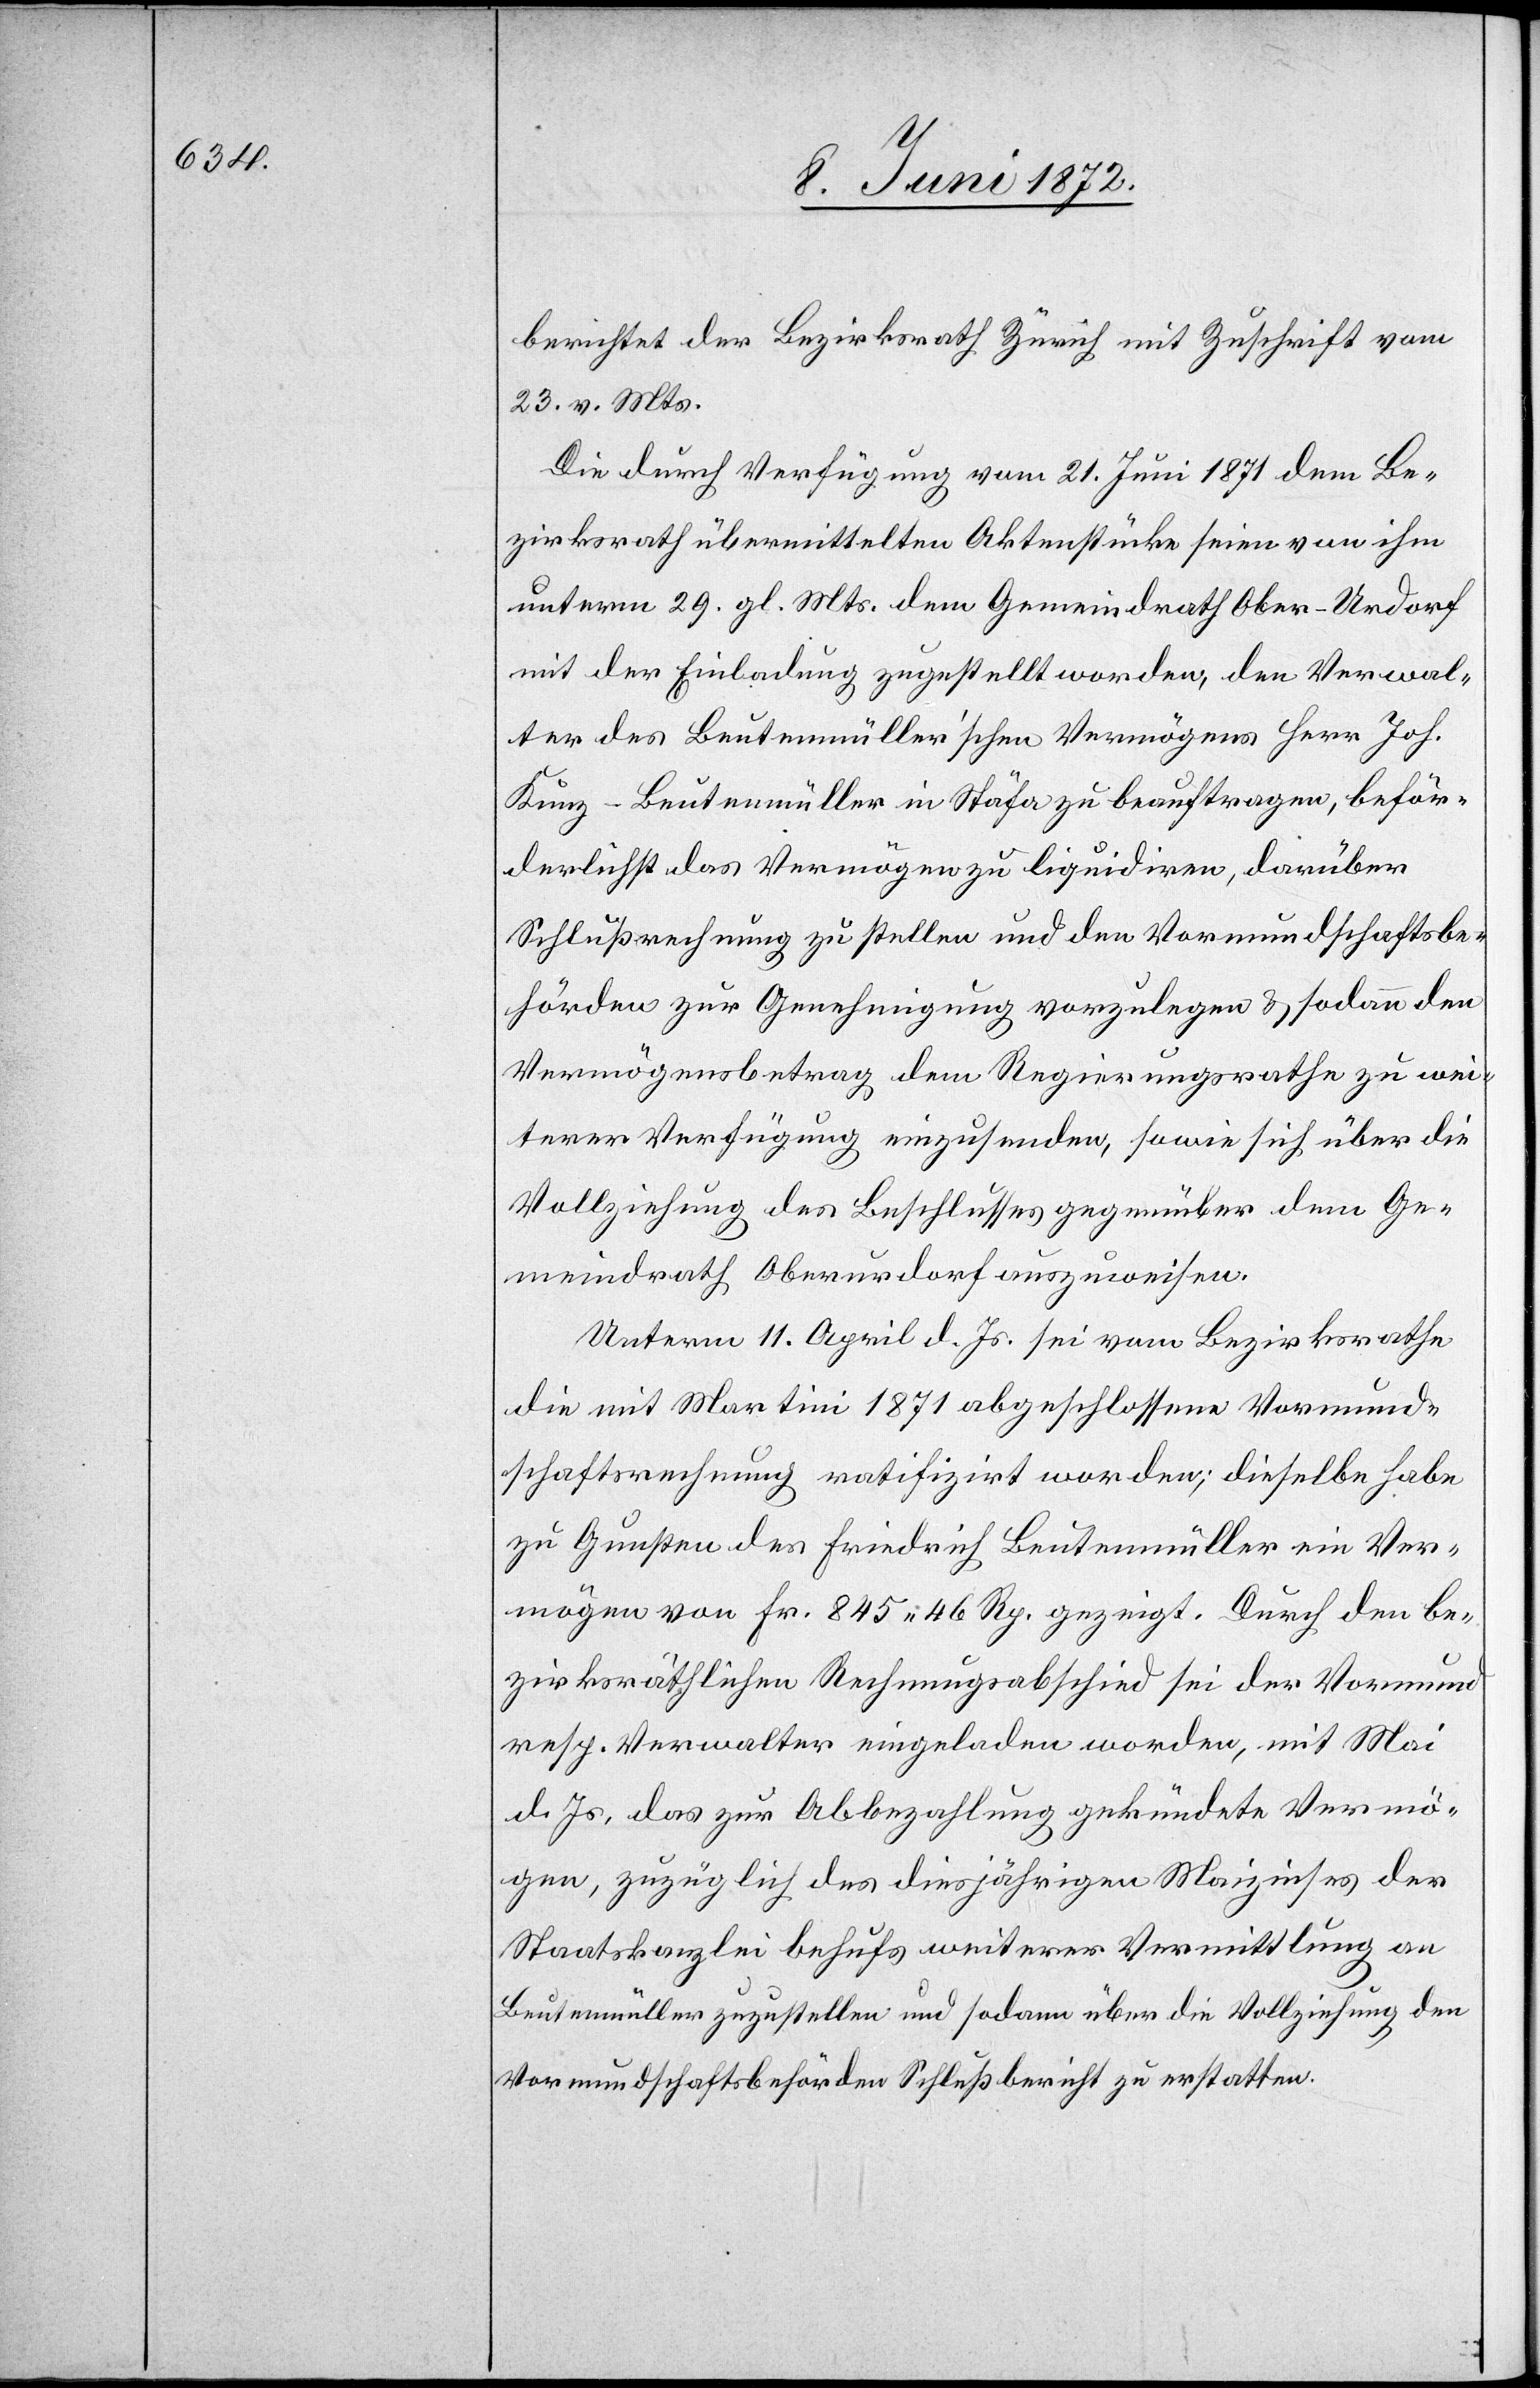
berichtet der Bezirksrath Zürich mit Zuschrift vom
23. v. Mts.[:]
Die durch Verfügung vom 21. Juni 1871 dem Be¬
zirksrath übermittelten Aktenstücke seien von ihm
unterm 29. gl. Mts. dem Gemeindrath Ober-Urdorf
mit der Einladung zugestellt worden, den Verwal¬
ter des Beutemüller’schen Vermögens[,] Herr Joh.
Kunz-Beutemüller in Stäfa zu beauftragen, beför¬
derlichst das Vermögen zu liquidiren, darüber
Schlußrechnung zu stellen und den Vormundschaftsbe¬
hörden zur Genehmigung vorzulegen u. sodann den
Vermögensbetrag dem Regierungsrathe zu wei¬
terer Verfügung einzusenden, sowie sich über die
Vollziehung des Beschlusses gegenüber dem Ge¬
meindrath Oberurdorf auszuweisen.
Unterm 11. April d. Js. sei vom Bezirksrathe
die mit Martini 1871 abgeschlossene Vormund¬
schaftsrechnung ratifizirt worden; dieselbe habe
zu Gunsten des Friedrich Beutemüller ein Ver¬
mögen von Fr. 845 46 Rp. gezeigt. Durch den be¬
zirksräthlichen Rechnungsabschied sei der Vormund
resp. Verwalter eingeladen worden, mit Mai
d. Js. das zur Abbezahlung gekündete Vermö¬
gen, zuzüglich des diesjährigen Maizinses[,] der
Staatskanzlei behufs weiterer Vermittlung an
Beutemüller zuzustellen und sodann über die Vollziehung den
Vormundschaftsbehörden Schlußbericht zu erstatten.